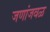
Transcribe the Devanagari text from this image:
जणांजवळ